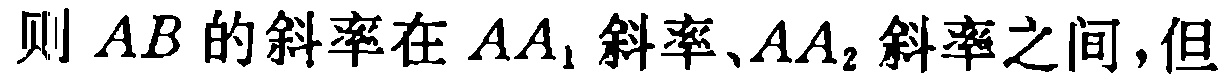
则 \(AB\) 的斜率在 \(AA_{1}\) 斜率、\(AA_{2}\) 斜率之间,但